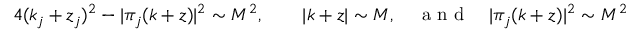
\begin{array} { r } { 4 ( k _ { j } + z _ { j } ) ^ { 2 } - | \pi _ { j } ( k + z ) | ^ { 2 } \sim M ^ { 2 } , \quad \quad | k + z | \sim M , \quad \mathrm { ~ a ~ n ~ d ~ } \quad | \pi _ { j } ( k + z ) | ^ { 2 } \sim M ^ { 2 } } \end{array}